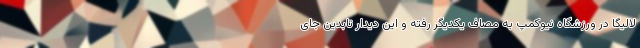
لالیگا در ورزشگاه نیوکمپ به مصاف یکدیگر رفته و این دیدار تابدین جای